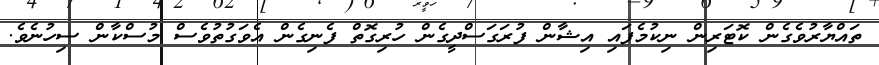
ތައްޔާރުވެގެން ކޮޓަރިން ނިކުމެފައި އިޝާން ފުރަގަސްދީގެން ހުރިގޮތް ފެނިގެން އެވަގުތުވެސް މުސްކާން ސިހުނެވެ.